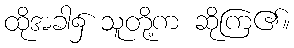
ထိုအခါ၌ သူတို့က ဆိုကြ၏။